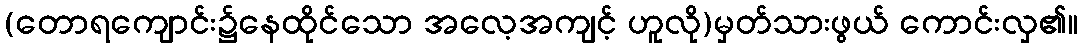
(တောရကျောင်း၌နေထိုင်သော အလေ့အကျင့် ဟူလို)မှတ်သားဖွယ် ကောင်းလှ၏။